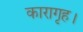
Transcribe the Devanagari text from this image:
कारागृह।